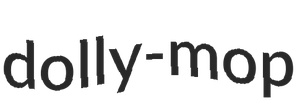
dolly-mop